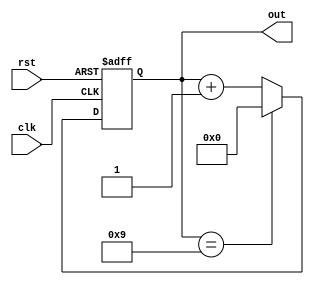
module BCD_counter (
    input wire clk,
    input wire rst,
    output reg [3:0] out
);

reg [3:0] count;

always @(posedge clk or posedge rst)
begin
    if (rst)
        count <= 4'b0;
    else if (count == 4'b1001)
        count <= 4'b0;
    else
        count <= count + 4'b1;
end

assign out = count;

endmodule